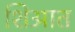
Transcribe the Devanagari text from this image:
शिआत